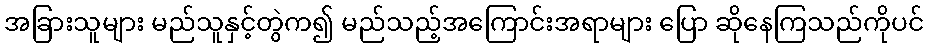
အခြားသူများ မည်သူနှင့်တွဲက၍ မည်သည့်အကြောင်းအရာများ ပြော ဆိုနေကြသည်ကိုပင်